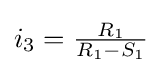
i_{3}={\tfrac {R_{1}}{R_{1}-S_{1}}}